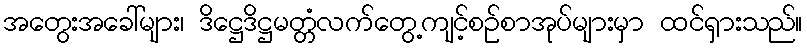
အတွေးအခေါ်များ၊ ဒိဋ္ဌေဒိဋ္ဌမတ္တံလက်တွေ့ကျင့်စဉ်စာအုပ်များမှာ ထင်ရှားသည်။